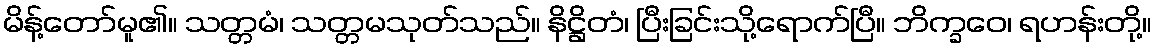
မိန့်တော်မူ၏။ သတ္တမံ၊ သတ္တမသုတ်သည်။ နိဋ္ဌိတံ၊ ပြီးခြင်းသို့ရောက်ပြီ။ ဘိက္ခဝေ၊ ရဟန်းတို့။